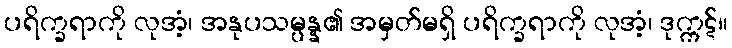
ပရိက္ခရာကို လုအံ့၊ အနုပသမ္ပန္န၏ အမှတ်မရှိ ပရိက္ခရာကို လုအံ့၊ ဒုက္ကဋ်။